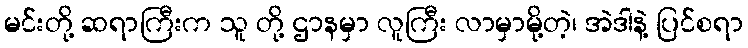
မင်းတို့ ဆရာကြီးက သူ တို့ ဌာနမှာ လူကြီး လာမှာမို့တဲ့၊ အဲဒါနဲ့ ပြင်စရာ